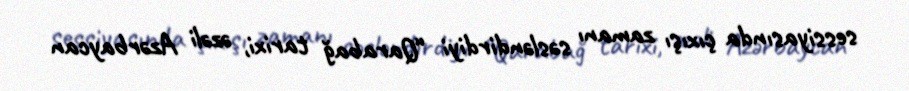
sessiyasında çıxışı zamanı səsləndirdiyi “Qarabağ tarixi, əzəli Azərbaycan